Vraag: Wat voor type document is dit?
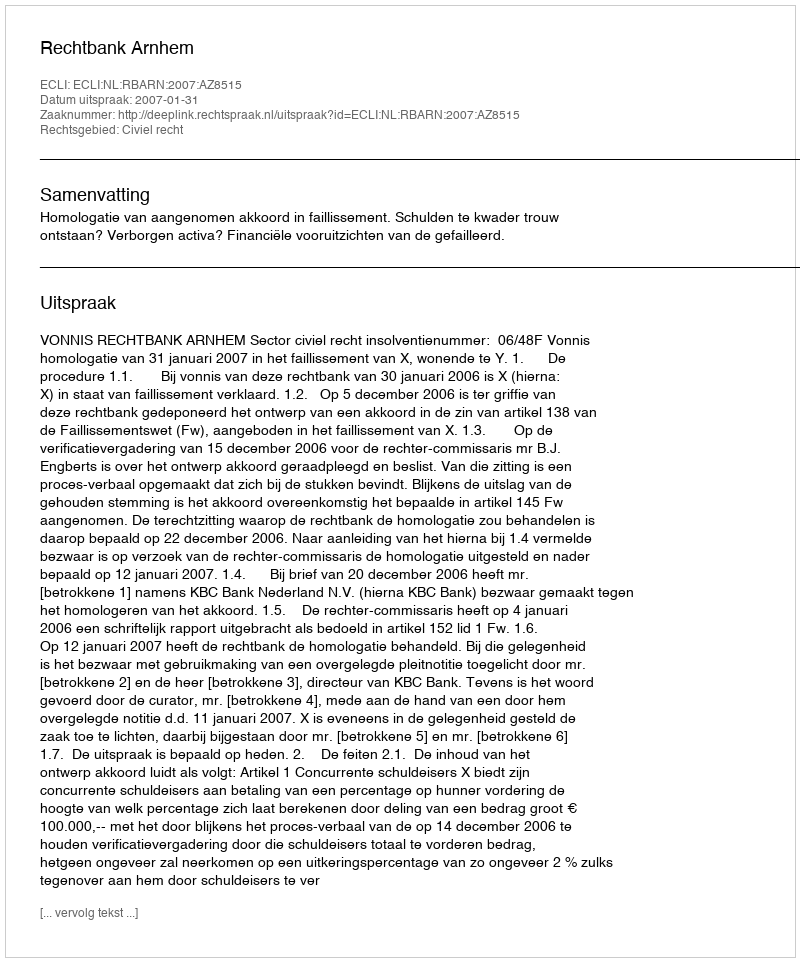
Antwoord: Uitspraak